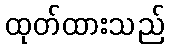
ထုတ်ထားသည်